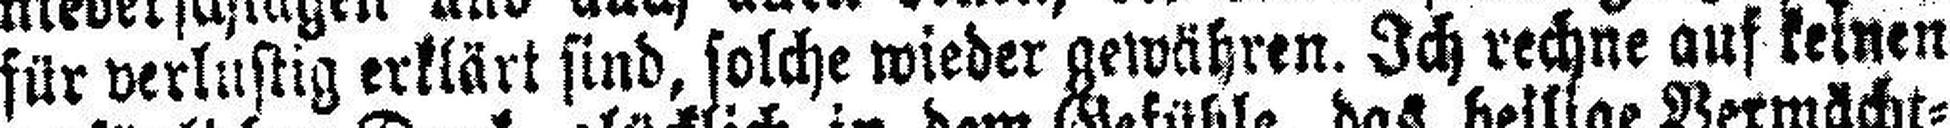
für verlustig erklärt sind, solche wieder gewähren. Ich rechne auf keinen